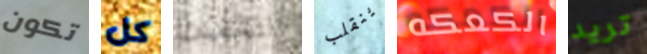
تكون كل التخفيف ينقلب الكعكه تريد